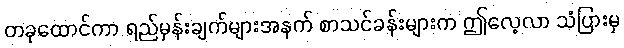
တခုထောင်ကာ ရည်မှန်းချက်များအနက် စာသင်ခန်းများက ဤလေ့လာ သံပြားမှ